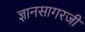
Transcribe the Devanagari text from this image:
ज्ञानसागरजी